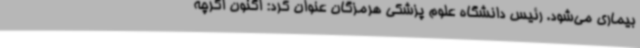
بیماری می‌شود. رئیس دانشگاه علوم پزشکی هرمزگان عنوان کرد: اکنون اگرچه